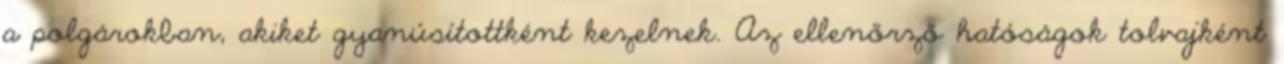
a polgárokban, akiket gyanúsítottként kezelnek. Az ellenőrző hatóságok tolvajként